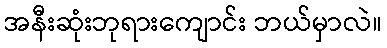
အနီးဆုံးဘုရားကျောင်း ဘယ်မှာလဲ။